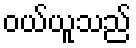
ဝယ်ယူသည်